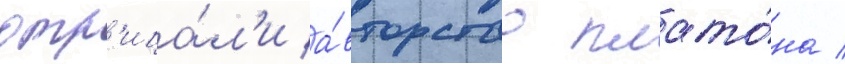
отр'ица́л'и а́вторство плато́на /